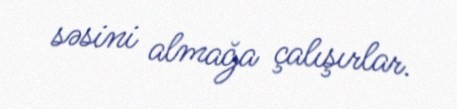
səsini almağa çalışırlar.